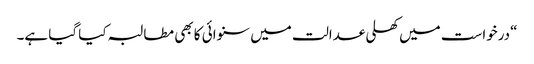
“درخواست میں کھلی عدالت میں سنوائی کا بھی مطالبہ کیا گیا ہے۔